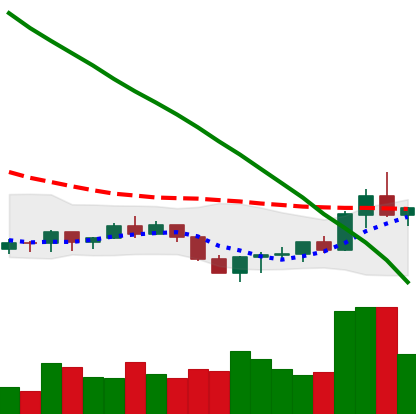
Ticker: ADA-USD
Chart end date: 2022-07-21
Forward return: -6.497%
Label: down_5_7